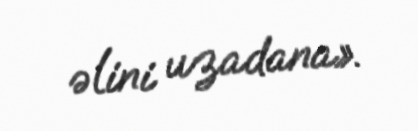
əlini uzadana».